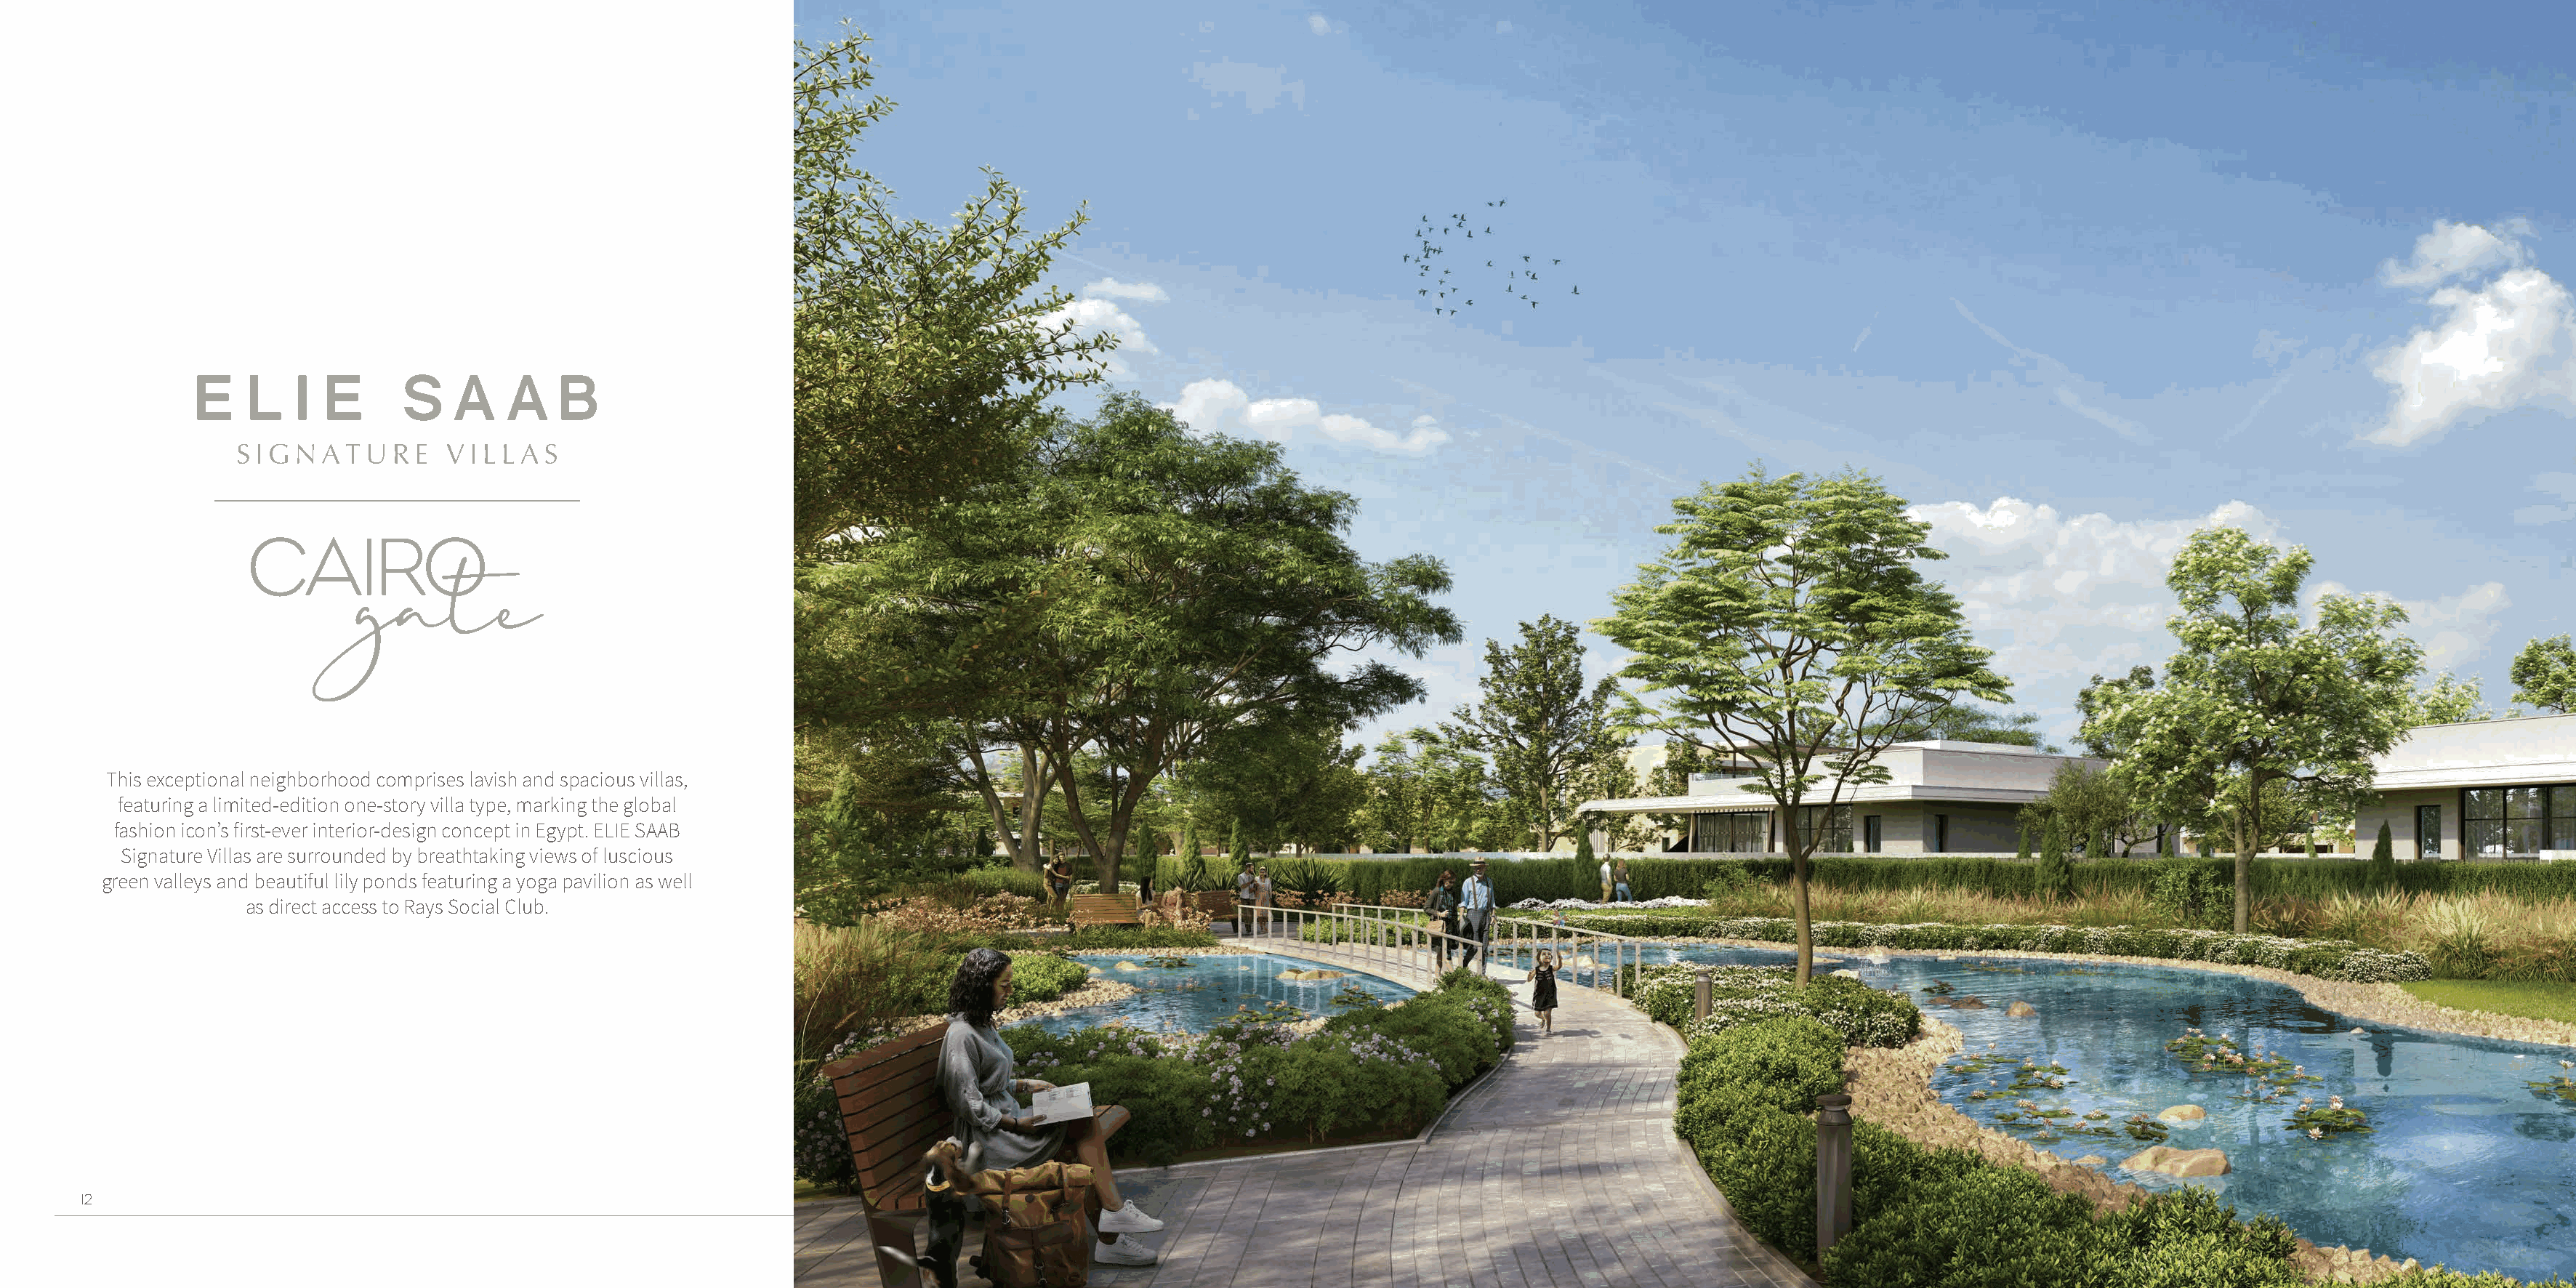
This exceptional neighborhood comprises lavish and spacious villas,
 featuring a limited-edition one-story villa type, marking the global
 fashion icon’s first-ever interior-design concept in Egypt. ELIE SAAB
 Signature Villas are surrounded by breathtaking views of luscious
 green valleys and beautiful lily ponds featuring a yoga pavilion as well
 as direct access to Rays Social Club.
 12                                                                                                                                                                                                                         13